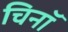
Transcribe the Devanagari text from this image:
चिनॉ